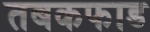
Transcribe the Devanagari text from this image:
तबकफाड